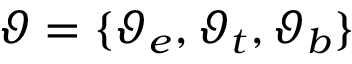
\boldsymbol { \vartheta } = \{ \boldsymbol { \vartheta } _ { e } , \boldsymbol { \vartheta } _ { t } , \boldsymbol { \vartheta } _ { b } \}